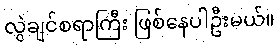
လွဲချင်စရာကြီး ဖြစ်နေပါဦးမယ်။